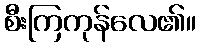
စီးကြကုန်လေ၏။